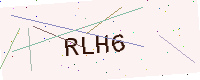
Text: RLH6